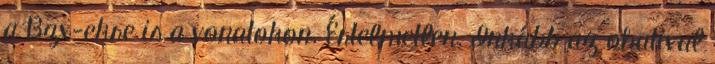
a Bzx-ekre is a vonatokon. Értelmetlen. Inkább az ohatival